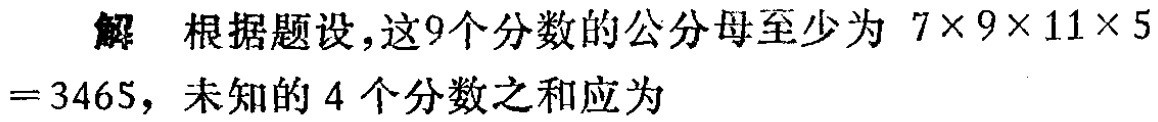
解 根据题设，这9个分数的公分母至少为 \(7\times9\times11\times5 = 3465\)，未知的4个分数之和应为